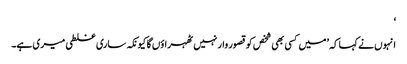
‘
انہوں نے کہا کہ ’میں کسی بھی شخص کو قصور وار نہیں ٹھہراؤں گا کیونکہ ساری غلطی میری ہے۔